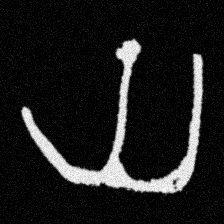
Pyu character \u2014 Myanmar letter: ယ (romanized: ya)